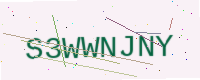
Text: S3WWNJNY